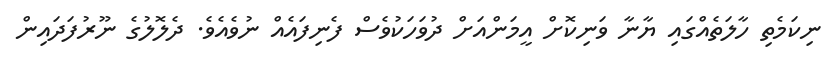
ނިކަމެތި ހާލަތެއްގައި ޔާނާ ވަނިކޮށް އީމަންއަށް ދުވަހަކުވެސް ފެނިފައެއް ނުވެއެވެ. ދެލޮލުގެ ނޫރުފަދައިން